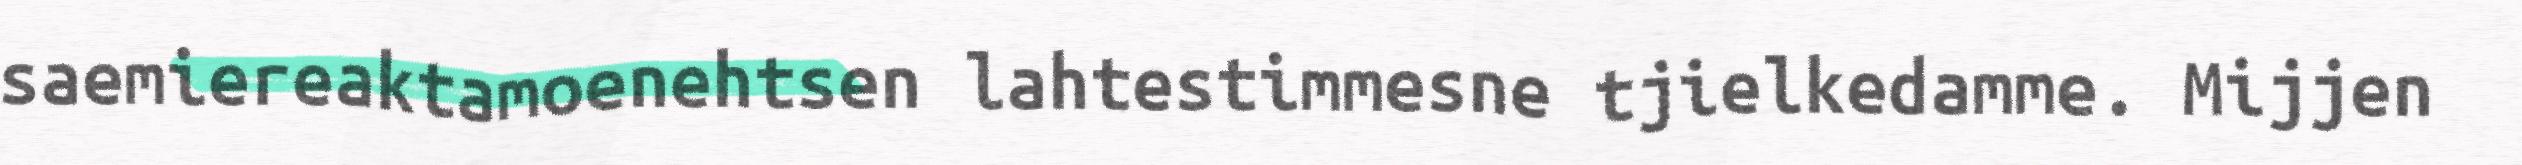
saemiereaktamoenehtsen lahtestimmesne tjielkedamme. Mijjen